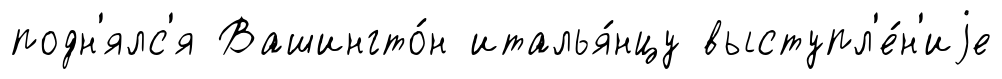
подн'ялс'я Вашингто́н италья́нцу выступл'е́н'иjе